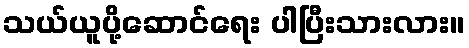
သယ်ယူပို့ဆောင်ရေး ပါပြီးသားလား။